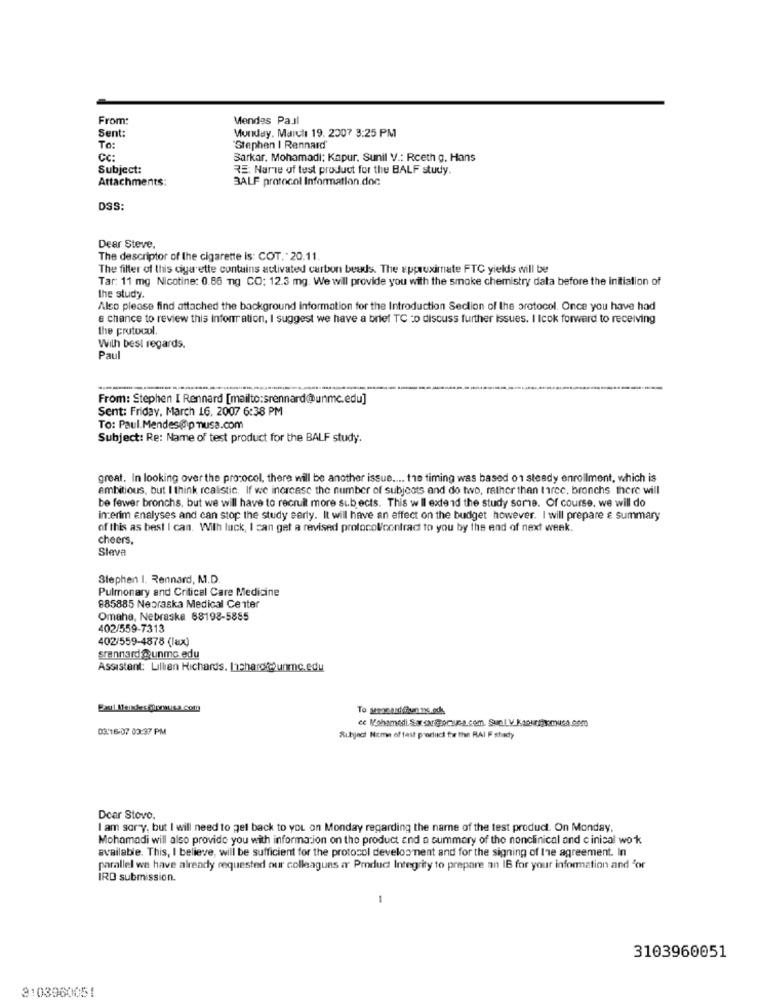
From:
Mendes Paul
Sent:
Monday, March 19. 2007 3:25 PM
To:
Stephen | Rennard'
CC:
Barkar. Mohamadi: Kapur. Sunil V .: Rceth g. Hans
Subject:
RE: Narie of test product for the BALF study.
Attachments:
3ALF protocol Information.doc
DSS:
Dear Steve,
The descriptor of the cigarette is: COT. - 20.11.
The filter of this cigarette contains activated carbon beuds. The approximate FTC yields will be
Tar: 11 mg Nicotine: 0.86 nig CO: 12.3 mg. We will provide you with the smoke chemistry data before the initiation of
the study.
Also please find attached the background information for the Introduction Section of the protocol. Once you have had
a chance to review this information, I suggest we have a brief TC =o discuss further Issues. I Icok forward to receiving
the protocol.
With best regards.
Paul
From: Stephen I Rennard [mailto:srennard@unmc.edu]
Sent: Friday, March 16, 2007 6:38 PM
To: Paul.Mendes@p musa.com
Subject: Re: Name of test product for the BALF study.
great. In looking over the protocol, there will be another issue .... the timing was based 01 steady enrollment, which is
ambitious, but I think realistic, If we increase the number of subjects and do two, rather than three, bronchs there will
be fewer bronchs, but we will have to recruit more sub ects. This w Il extend the study some. Of course, we will do
interim analyses and can stop the study early. It will have an effect on the budget however. I will prepare & summary
of this as best I can. With luck, I can get a revised protocolcontract to you by the end of next week.
cheers,
Sleva
Stephen I. Rennard, M.D.
Pulmonary and Critical Care Medicine
885885 Nebraska Medical Center
Omaha, Nebraska 68198-5885
402/559-7313
402/559-4878 (Tax)
srannard @unmo edu
Assistant: Lillian Richards. Ichardkounmc.edu
03:16-07 03:37 PM
Subject Nome of tast porluci for the RAI F stacy
Dear Stove.
I am sorry, but I will need to get back to you on Monday regarding the name of the test product. On Monday,
Mohamadi will also provide you with information on the product and a summary of tho nonclinical and cinical wok
available. This, I believe, will be sufficient for the protocol development and for the signing of the agreement. In
parallel we have already requested our colleagues a Product Integrity to prepare an IB for your information and 'or
IRD submission.
1
3103960051
3103960051